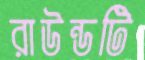
রাউন্ডটি